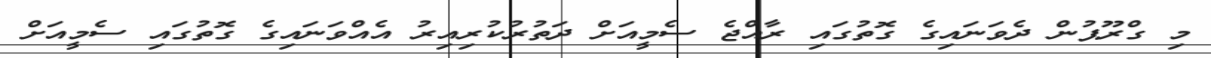
މި ގްރޫޕުން ދެވަނައިގެ ގޮތުގައި ރާއްޖެ ސެމީއަށް ދަތުރުކުރިއިރު އެއްވަނައިގެ ގޮތުގައި ސެމީއަށް